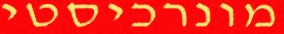
מונרכיסטי